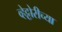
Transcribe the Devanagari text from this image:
व्हेट्टोरीच्या